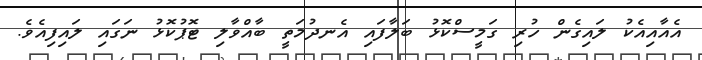
އެއާއިއެކު ލައިގެން ހުރި ގަމީސްކޮޅު ބަލާފައި އެނދުމަތީ ބާއްވާލި ޓޮޕުކޮޅު ނަގައި ލައިފިއެވެ.